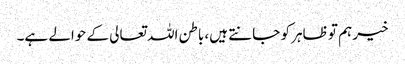
خیر ہم تو ظاہر کو جانتے ہیں، باطن اللہ تعالی کے حوالے ہے۔